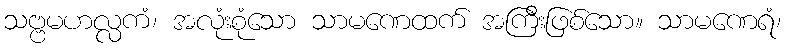
သဗ္ဗမဟလ္လကံ၊ အလုံးစုံသော သာမဏေထက် အကြီးဖြစ်သော။ သာမဏေရံ၊